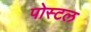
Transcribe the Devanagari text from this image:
पोस्‍टल